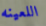
اللعينه